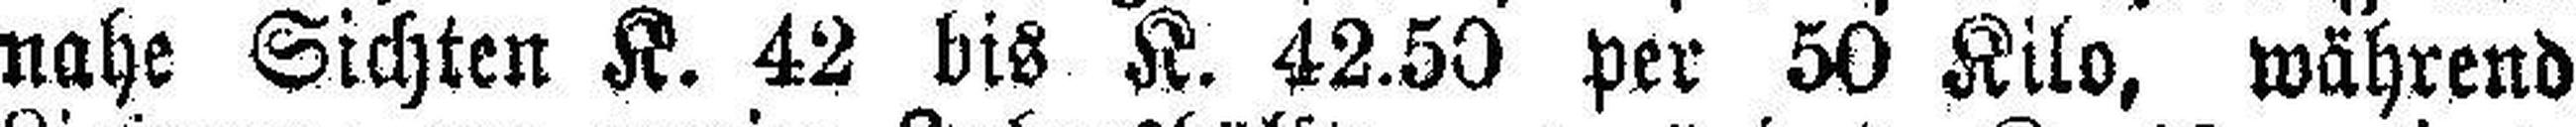
nahe Sichten K. 42 bis K. 42.50 per 50 Kilo, während